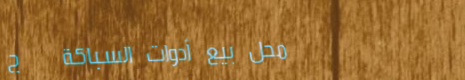
محل بيع أدوات السباكة   ج